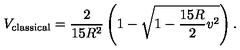
V _ { \mathrm { c l a s s i c a l } } = \frac { 2 } { 1 5 R ^ { 2 } } \left( 1 - \sqrt { 1 - \frac { 1 5 R } { 2 } v ^ { 2 } } \right) .